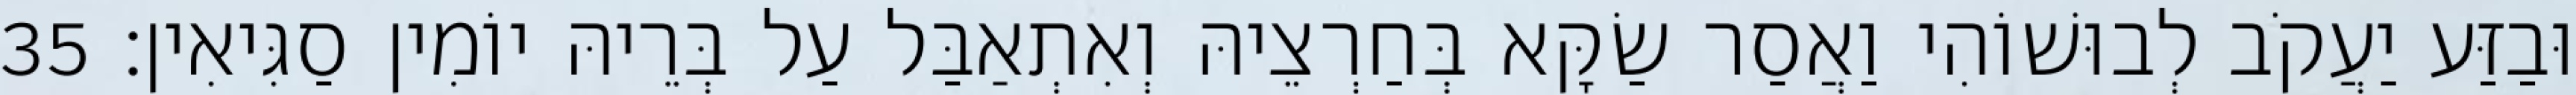
וּבַזַּע יַעֲקֹב לְבוּשׁוֹהִי וַאֲסַר שַׂקָּא בְּחַרְצֵיהּ וְאִתְאַבַּל עַל בְּרֵיהּ יוֹמִין סַגִּיאִין׃ 35